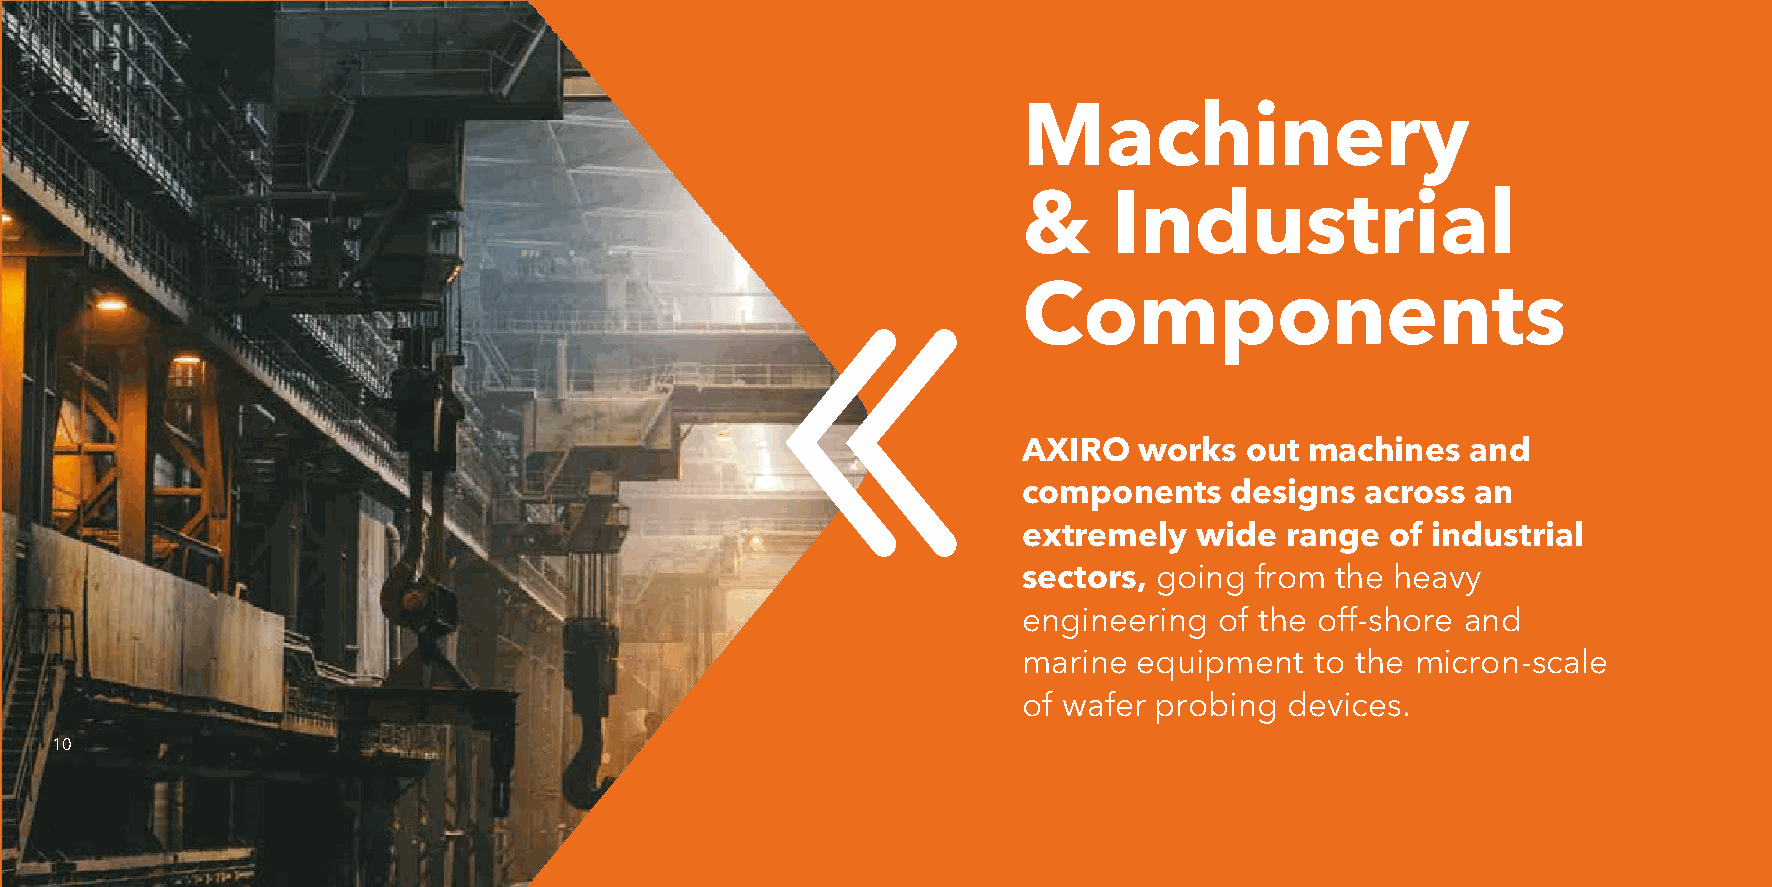
Machinery
 &     Industrial
 Components
 AXIRO  works   out machines  and
 components   designs  across  an
 extremely  wide  range  of industrial
 sectors, going from the heavy
 engineering  of the off-shore and
 marine equipment   to the micron-scale
 of wafer probing devices.
 10